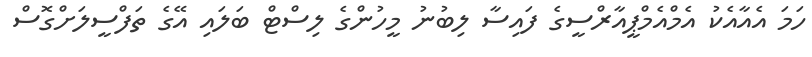
ހަމަ އެއާއެކު އެމްއެމްޕީއާރްސީގެ ފައިސާ ލިބުނު މީހުންގެ ލިސްޓް ބަލައި އޭގެ ތަފްސީލަށްގޮސް